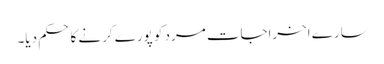
سارے اخراجات مرد کو پورے کرنے کا حکم دیا۔